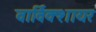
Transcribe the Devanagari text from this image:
वार्विक्शायर